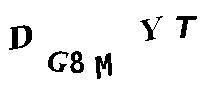
DG8MYT